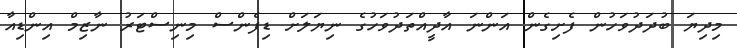
މިދިޔަ ބުދަދުވަހުން ފެށިގެން އަންނަ އާދީއްތަދުވަހުގެ ނިޔަލަށް ޑިފެންސް މިނިސްޓަރު ނާޒިމް އިންޑިއާ